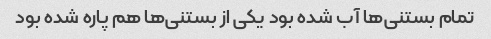
تمام بستنی‌ها آب شده بود یکی از بستنی‌ها هم پاره شده بود